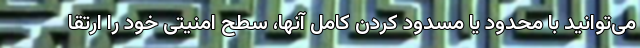
می‌توانید با محدود یا مسدود کردن کامل آنها، سطح امنیتی خود را ارتقا